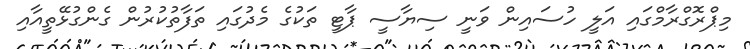
މިޕްރޮގްރާމްގައި އަލީ ހުސައިން ވަނީ ސިޔާސީ ޕާޓީ ތަކުގެ މެދުގައި ތަފާތުކުރުން ގެންގުޅޭތީއާއި